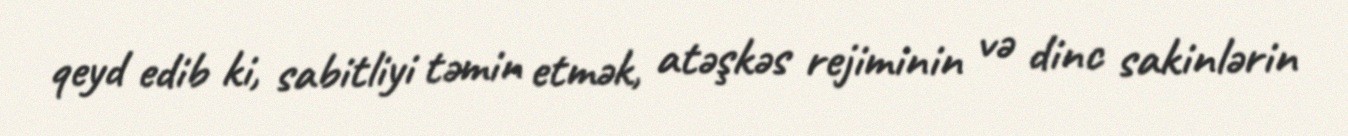
qeyd edib ki, sabitliyi təmin etmək, atəşkəs rejiminin və dinc sakinlərin